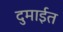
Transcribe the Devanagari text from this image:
दुमाईत